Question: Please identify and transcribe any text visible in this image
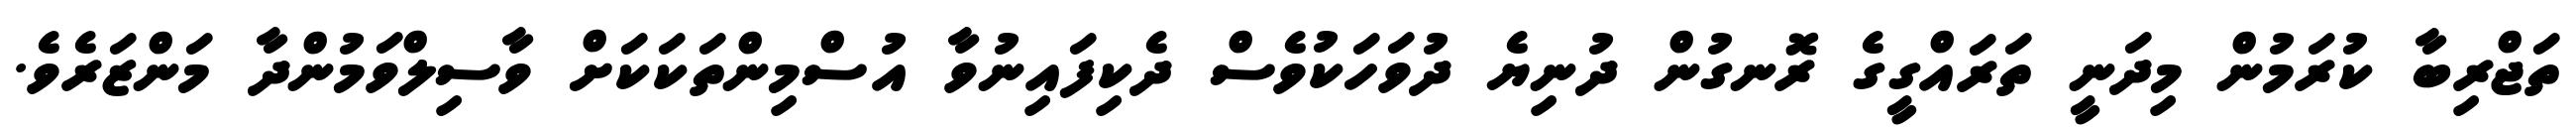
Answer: ތަޖްރިބާ ކުރަމުން މިދަނީ ތަރައްގީގެ ރޮނގުން ދުނިޔެ ދުވަހަކުވެސް ދެކިފައިނުވާ އުސްމިންތަކަކަށް ވާސިލްވަމުންދާ މަންޒަރެވެ.